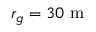
r _ { g } = 3 0 ~ \mathrm { m }